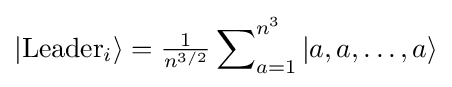
|\mathrm {Leader} _{i}\rangle ={\tfrac {1}{n^{3/2}}}\sum \nolimits _{a=1}^{n^{3}}|a,a,\ldots ,a\rangle